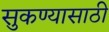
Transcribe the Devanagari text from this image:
सुकण्यासाठी